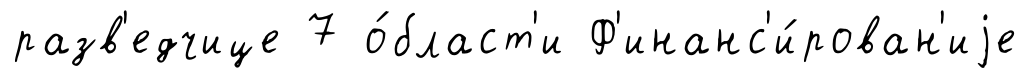
разв'едчице 7 о́бласт'и Ф'инанс'и́рован'иjе